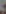
: